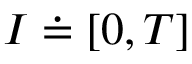
I \doteq [ 0 , T ]